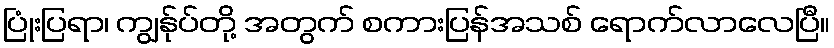
ပြုံးပြရာ၊ ကျွန်ုပ်တို့ အတွက် စကားပြန်အသစ် ရောက်လာလေပြီ။